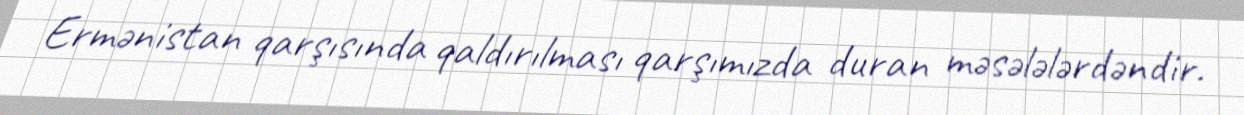
Ermənistan qarşısında qaldırılması qarşımızda duran məsələlərdəndir.